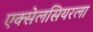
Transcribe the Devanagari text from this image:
एक्सेलसियरला